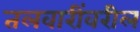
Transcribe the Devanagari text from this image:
तलवारींवरील